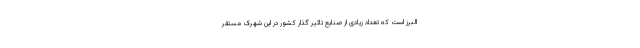
البرز است که تعداد زیادی از صنایع تاثیر گذار کشور در این شهرک مستقر